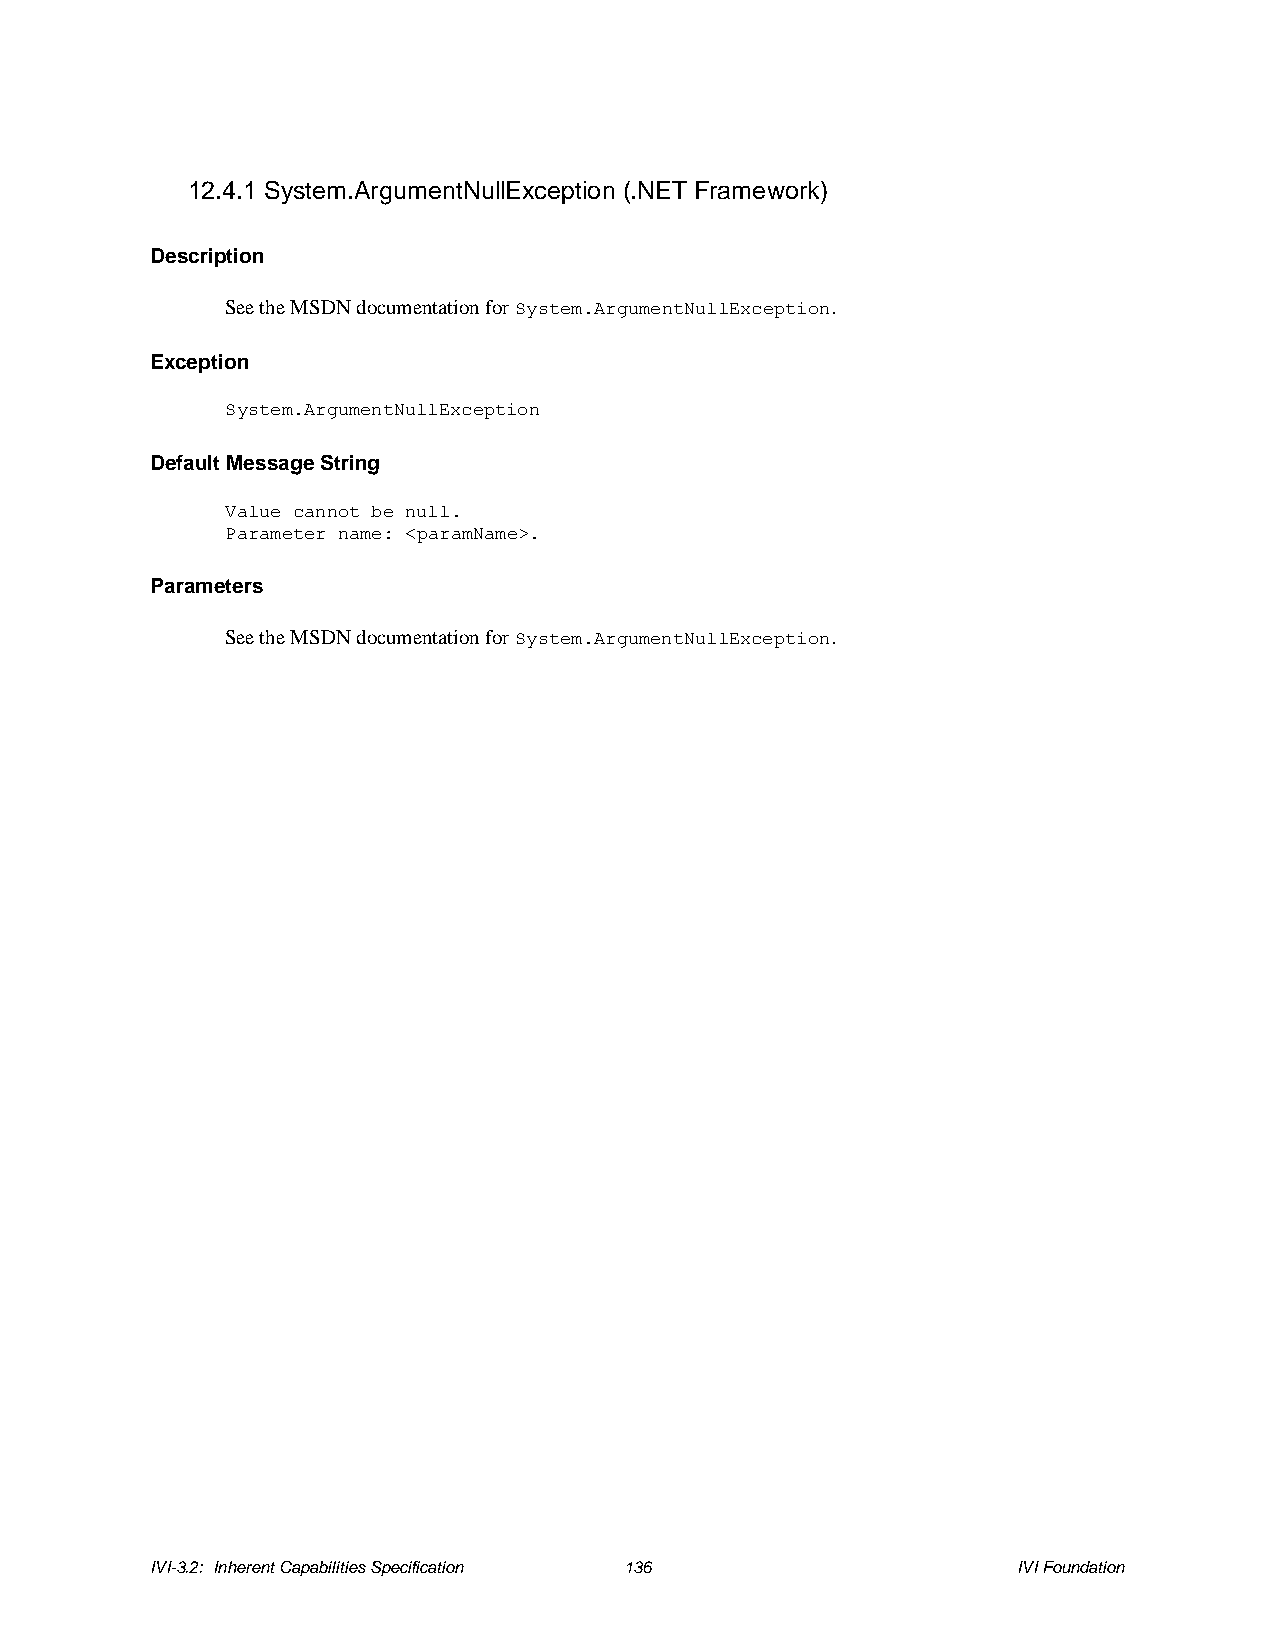
12.4.1 System.ArgumentNullException (.NET Framework)
 Description
 See the MSDN documentation for System.ArgumentNullException.
 Exception
 System.ArgumentNullException
 Default Message String
 Value cannot be null.
 Parameter name: <paramName>.
 Parameters
 See the MSDN documentation for System.ArgumentNullException.
 IVI-3.2: Inherent Capabilities Specification 136         IVI Foundation